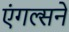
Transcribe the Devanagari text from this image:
एंगल्सने